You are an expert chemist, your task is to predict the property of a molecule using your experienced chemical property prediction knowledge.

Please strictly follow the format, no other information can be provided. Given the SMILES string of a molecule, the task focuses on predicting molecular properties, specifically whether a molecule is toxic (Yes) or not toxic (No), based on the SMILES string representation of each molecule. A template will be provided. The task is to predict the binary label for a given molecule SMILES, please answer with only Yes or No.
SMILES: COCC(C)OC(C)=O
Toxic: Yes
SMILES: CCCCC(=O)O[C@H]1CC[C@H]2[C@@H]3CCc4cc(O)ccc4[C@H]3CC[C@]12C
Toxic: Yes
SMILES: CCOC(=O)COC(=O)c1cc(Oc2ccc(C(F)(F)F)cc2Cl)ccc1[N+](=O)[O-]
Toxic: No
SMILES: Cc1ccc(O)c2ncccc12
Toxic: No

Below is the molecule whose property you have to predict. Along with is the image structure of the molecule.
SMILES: CNc1cnn(-c2cccc(C(F)(F)F)c2)c(=O)c1Cl
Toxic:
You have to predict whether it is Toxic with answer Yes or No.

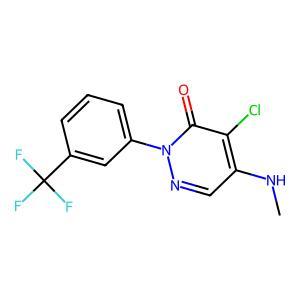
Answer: No